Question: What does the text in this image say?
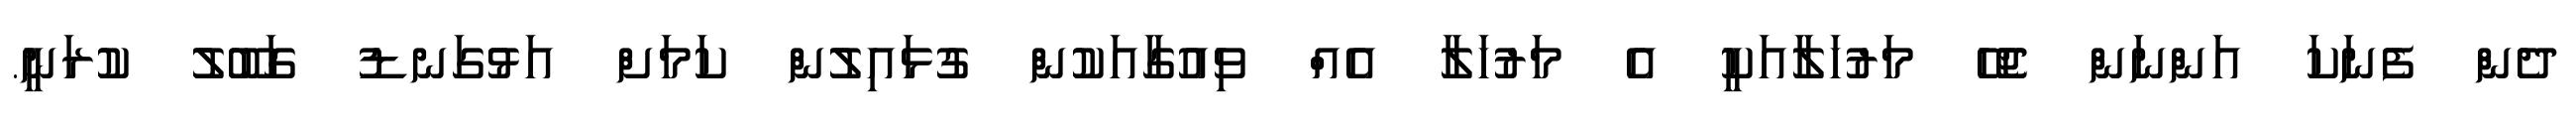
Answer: ދެން ފެނަކަ އަންނަން ޖެހޭ މަރުހަލާއަކީ އެ މަރުހަލާ އެއް ވިއުގާއަކުން ގުޅައިލުން ކަމަށް އަޅުގަނޑު ގަބޫލު ކުރަނީ.